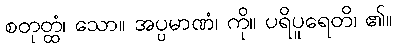
စတုတ္ထံ၊ သော။ အပ္ပမာဏံ၊ ကို။ ပရိပူရေတိ၊ ၏။